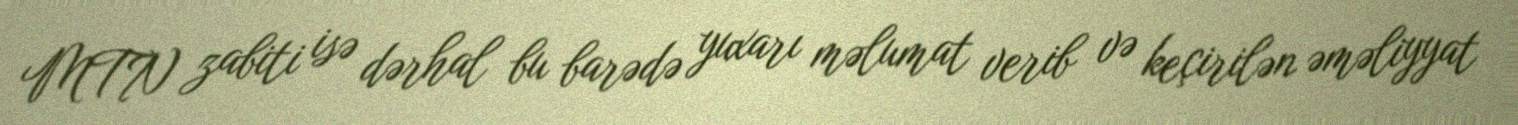
MTN zabiti isə dərhal bu barədə yuxarı məlumat verib və keçirilən əməliyyat